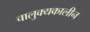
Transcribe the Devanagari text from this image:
चालुक्‍यकालीन